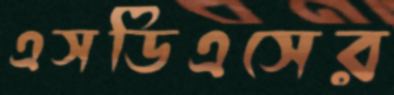
এসডিএসের